Notes on the propagation and cultivation of the medicinal cinchonas, or Peruvian bark trees
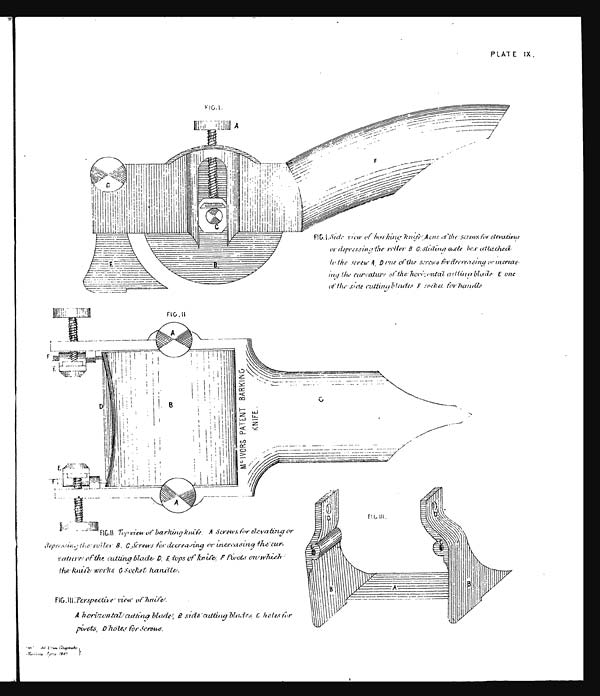
PLATE IX,
FIG.I. Side view of barking knife, A one of the screws for elevating
or depressing the roller B c.sliding axle box attached
to the screw A , D one of the sc rews for decreasing or increasing
the curvature of the horizontal cutting blade E One
of the side cutting blades. F Socket
for handle
FIG III
Top
view of barking knife. A S crews for elevating o
r
depressing the roller B,C Screws for decre asing or increasing the:cur.
vature of the cutting blade D. E tops of knife , F pivots on which
knife works G socket handle.
FIG.III:Perspective view of knife.
A horizontal cutting blade
l, B side cutting blades, C holes for pivots, D holes for screws
pitiotsv, , D hiiletc fbr ki'craps.
,ut
Ciupayk
;g67
r